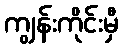
ကျွန်းကိုင်းမှီ